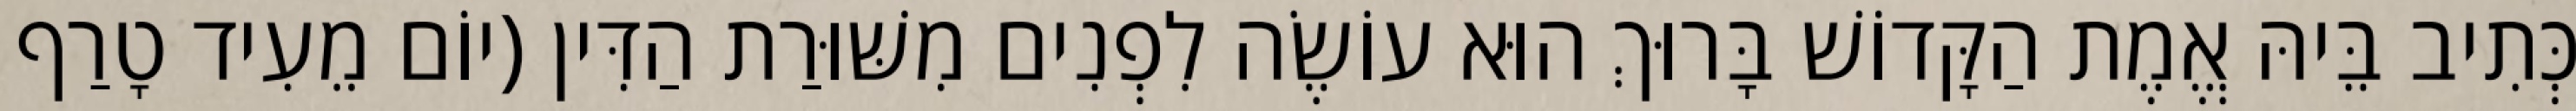
כְּתִיב בֵּיהּ אֱמֶת הַקָּדוֹשׁ בָּרוּךְ הוּא עוֹשֶׂה לִפְנִים מִשּׁוּרַת הַדִּין (יוֹם מֵעִיד טָרַף